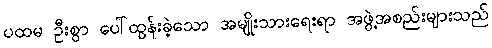
ပထမ ဦးစွာ ပေါ်ထွန်းခဲ့သော အမျိုးသားရေးရာ အဖွဲ့အစည်းများသည်